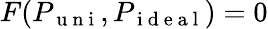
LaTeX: F(P_{\mathrm{~u~n~i~}},P_{\mathrm{~i~d~e~a~l~}})=0